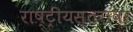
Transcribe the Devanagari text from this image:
राष्ट्रीयस्तरावर